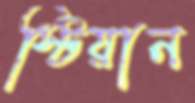
স্টিয়ান